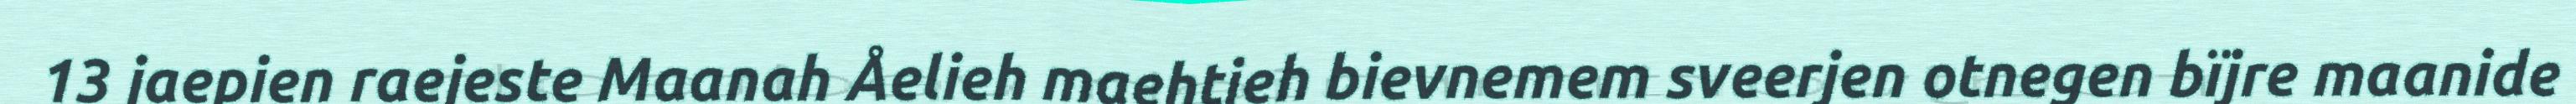
13 jaepien raejeste Maanah Åelieh maehtieh bievnemem sveerjen otnegen bïjre maanide